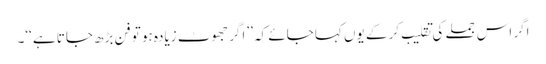
اگر اس جملے کی تقلیب کر کے یوں کہا جائے کہ ’’اگر جھوٹ زیادہ ہو تو فن بڑھ جاتا ہے ‘‘۔